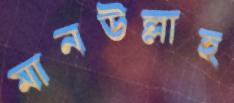
মানউল্লাহ